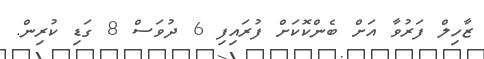
ޒާހިލް ފަރުވާ އަށް ބެންކޮކަށް ފުރައިފި 6 ދުވަސް 8 ގަޑި ކުރިން.